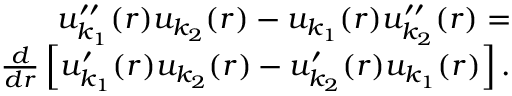
\begin{array} { r } { u _ { k _ { 1 } } ^ { \prime \prime } ( r ) u _ { k _ { 2 } } ( r ) - u _ { k _ { 1 } } ( r ) u _ { k _ { 2 } } ^ { \prime \prime } ( r ) = } \\ { \frac { d } { d r } \left[ u _ { k _ { 1 } } ^ { \prime } ( r ) u _ { k _ { 2 } } ( r ) - u _ { k _ { 2 } } ^ { \prime } ( r ) u _ { k _ { 1 } } ( r ) \right] . } \end{array}